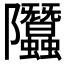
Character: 𨽳